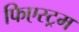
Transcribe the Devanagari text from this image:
फिएस्ट्रम